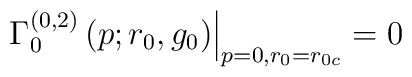
\left. \Gamma _{0}^{(0,2)}\left( p;r_{0},g_{0}\right) \right|_{p=0,r_{0}=r_{0{c}}}=0